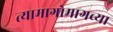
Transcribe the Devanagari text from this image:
त्यामागोमागच्या